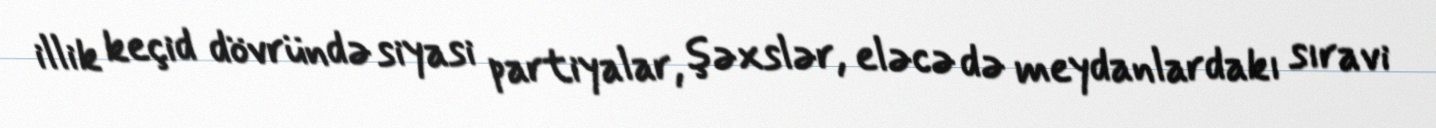
illik keçid dövründə siyasi partiyalar, şəxslər, eləcə də meydanlardakı sıravi